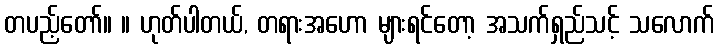
တပည့်တော်။ ။ ဟုတ်ပါတယ်, တရားအဟော များရင်တော့ အသက်ရှည်သင့် သလောက်